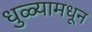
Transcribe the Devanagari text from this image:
धुळ्यामधून